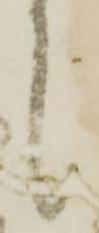
候